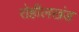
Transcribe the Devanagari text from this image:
रोहीलखंड